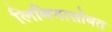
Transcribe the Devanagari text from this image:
लिबियासोबत